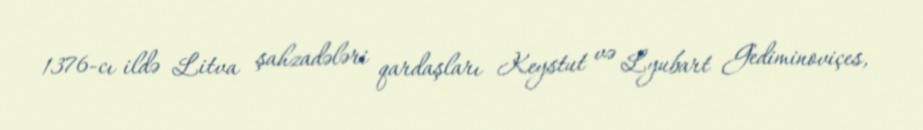
1376-cı ildə Litva şahzadələri qardaşları Keystut və Lyubart Gediminoviçes,